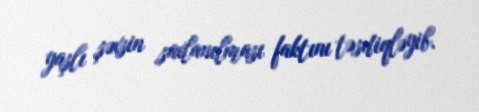
yaşlı şəxsin saxlanılması faktını təsdiqləyib.